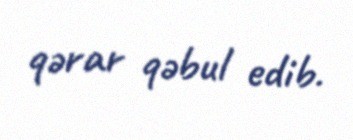
qərar qəbul edib.